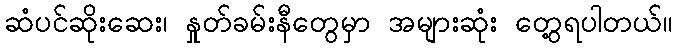
ဆံပင်ဆိုးဆေး၊ နှုတ်ခမ်းနီတွေမှာ အများဆုံး တွေ့ရပါတယ်။